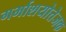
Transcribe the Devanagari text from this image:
गर्भाशयोत्तेजक